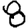
Digit: 8